Annual report on the health of the army in India
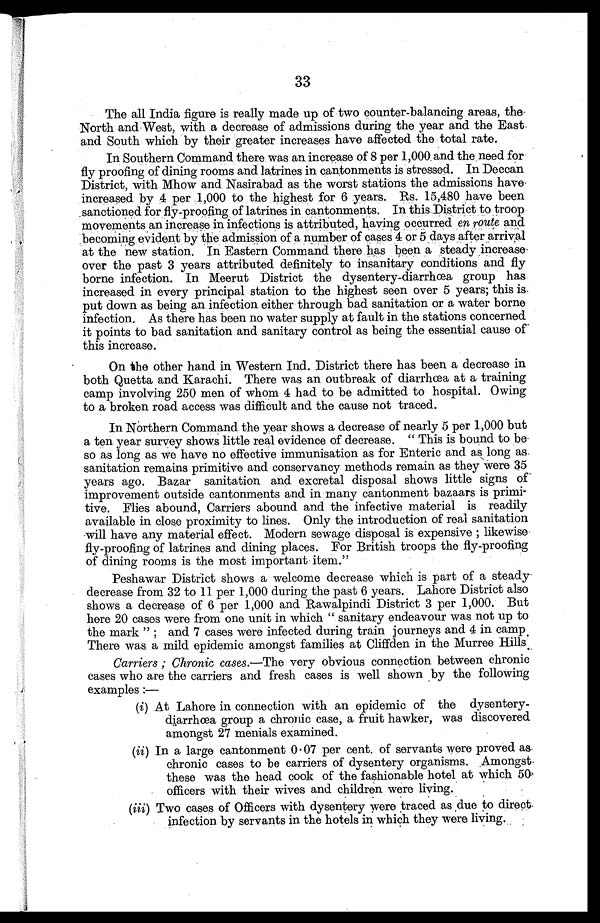
33
The all India figure is really made up of two counter-balancing areas, the
North and West, with a decrease of admissions during the year and the East
and South which by their greater increases have affected the total rate.
In Southern Command there was an increase of 8 per 1,000 and the need for
fly proofing of dining rooms and latrines in cantonments is stressed. In Deccan
District, with Mhow and Nasirabad as the worst stations the admissions have-
increased by 4 per 1,000 to the highest for 6 years. Rs. 15,480 have been
sanctioned for fly-proofing of latrines in cantonments. In this District to troop
movements an increase in infections is attributed, having occurred en route and
becoming evident by the admission of a number of cases 4 or 5 days after arrival
at the new station. In Eastern Command there has been a steady increas
eover the past 3 years attributed definitely to insanitary conditions and fly
borne infection. In Meerut District the dysentery-diarrhœa group has
increased in every principal station to the highest seen over 5 years; this is.
put down as being an infection either through bad sanitation or a water borne
infection. As there has been no water supply at fault in the stations concerned
it points to bad sanitation and sanitary control as being the essential cause of
this increase.
On the other hand in Western Ind. District there has been a decrease in
both Quetta and Karachi. There was an outbreak of diarrhœa at a training
camp involving 250 men of whom 4 had to be admitted to hospital. Owing
to a broken road access was difficult and the cause not traced.
In Northern Command the year shows a decrease of nearly 5 per 1,000 but
a ten year survey shows little real evidence of decrease. " This is bound to be
so as long as we have no effective immunisation as for Enteric and as long as
sanitation remains primitive and conservancy methods remain as they were 35
years ago. Bazar sanitation and excretal disposal shows little signs of
improvement outside cantonments and in many cantonment bazaars is primi-
tive. Flies abound, Carriers abound and the infective material is readily
available in close proximity to lines. Only the introduction of real sanitation
will have any material effect. Modern sewage disposal is expensive ; likewise
fly-proofing of latrines and dining places. For British troops the fly-proofing
of dining rooms is the most important item."
Peshawar District shows a welcome decrease which is part of a steady
decrease from 32 to 11 per 1,000 during the past 6 years. Lahore District also
shows a decrease of 6 per 1,000 and Rawalpindi District 3 per 1,000. But
here 20 cases were from one unit in which " sanitary endeavour was not up to
the mark " ; and 7 cases were infected during train journeys and 4 in camp.
There was a mild epidemic amongst families at Cliffden in the Murree Hills.
Carriers ; Chronic cases.—The very obvious connection between chronic
cases who are the carriers and fresh cases is well shown by the following
examples :—
(i) At Lahore in connection with an epidemic of the dysentery-
diarrhœa group a chronic case, a fruit hawker, was discovered
amongst 27 menials examined.
(ii) In a large cantonment 0 . 07 per cent. of servants were proved as
chronic cases to be carriers of dysentery organisms. Amongst.
these was the head cook of the fashionable hotel at which 50
officers with their wives and children were living.
(iii) Two cases of Officers with dysentery were traced as due to direct.
infection by servants in the hotels in which they were living.